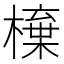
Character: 𣙆